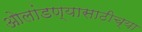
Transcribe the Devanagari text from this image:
ओलांडण्यासाठीच्या